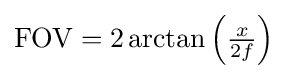
{\textstyle \mathrm {FOV} =2\arctan {\left({x \over 2f}\right)}}